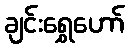
ချင်းရွှေဟော်